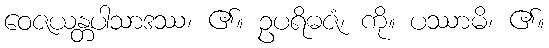
ဝေဇယန္တပါသာဒဿ၊ ၏။ ဥပရိဓဇံ၊ ကို။ ပဿာမိ၊ ၏။